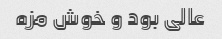
عالی بود و خوش مزه